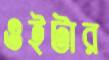
ওইটার